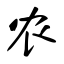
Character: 农